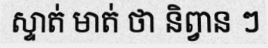
ស្ទាត់ មាត់ ថា និព្វាន ៗ